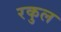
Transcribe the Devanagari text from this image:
रकुल